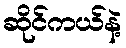
ဆိုင်ကယ်နဲ့